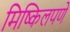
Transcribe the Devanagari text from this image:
मिष्किलपणे